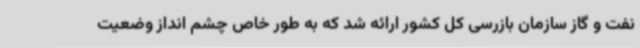
نفت و گاز سازمان بازرسی کل کشور ارائه شد که به طور خاص چشم انداز وضعیت